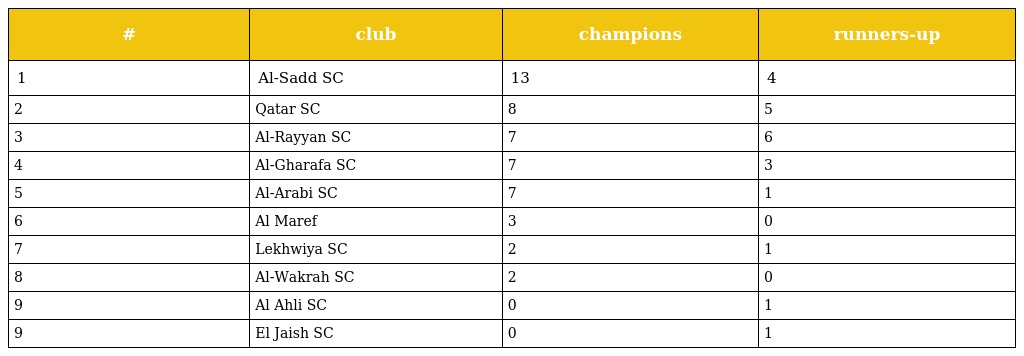
| # | club | champions | runners-up |
 | --- | --- | --- | --- |
 | 1 | Al-Sadd SC | 13 | 4 |
 | 2 | Qatar SC | 8 | 5 |
 | 3 | Al-Rayyan SC | 7 | 6 |
 | 4 | Al-Gharafa SC | 7 | 3 |
 | 5 | Al-Arabi SC | 7 | 1 |
 | 6 | Al Maref | 3 | 0 |
 | 7 | Lekhwiya SC | 2 | 1 |
 | 8 | Al-Wakrah SC | 2 | 0 |
 | 9 | Al Ahli SC | 0 | 1 |
 | 9 | El Jaish SC | 0 | 1 |